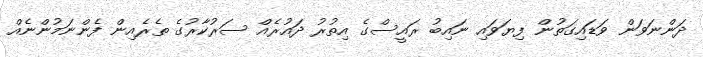
ދަންނަވަން ވަޑައިގަތުން ފިޔަވައި ނައިބު ރައީސްގެ އިތުރު ދައުރެއް ސަރުކާރުގެ ތެރެއިން ފެންނަމުންނެއް